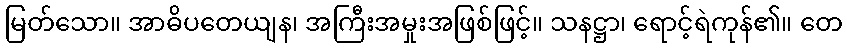
မြတ်သော။ အာဓိပတေယျန၊ အကြီးအမှုးအဖြစ်ဖြင့်။ သနဋ္ဌာ၊ ရောင့်ရဲကုန်၏။ တေ